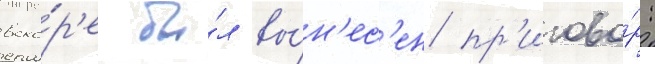
вско́р'е бы́л вы́н'ес'ен пр'игово́р: